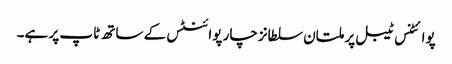
پوائٹنس ٹیبل پر ملتان سلطانز چار پوائنٹس کے ساتھ ٹاپ پر ہے۔